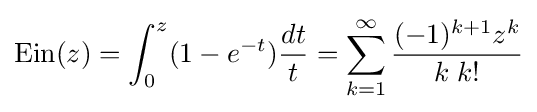
\operatorname {Ein} (z)=\int _{0}^{z}(1-e^{-t}){\frac {dt}{t}}=\sum _{k=1}^{\infty }{\frac {(-1)^{k+1}z^{k}}{k\;k!}}